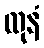
ထုနံ